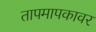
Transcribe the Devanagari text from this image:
तापमापकावर